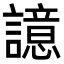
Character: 譩